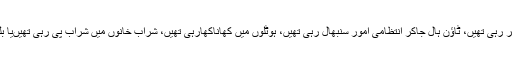
وہ دکانوں میں خریداریاں کر رہی تھیں، ٹاؤن ہال جاکر انتظامی امور سنبھال رہی تھیں، ہوٹلوں میں کھاناکھارہی تھیں، شراب خانوں میں شراب پی رہی تھیںیا بلیوں کے گیت گا رہی تھیں۔